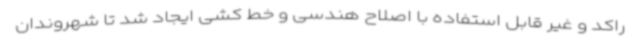
راکد و غیر قابل استفاده با اصلاح هندسی و خط کشی ایجاد شد تا شهروندان